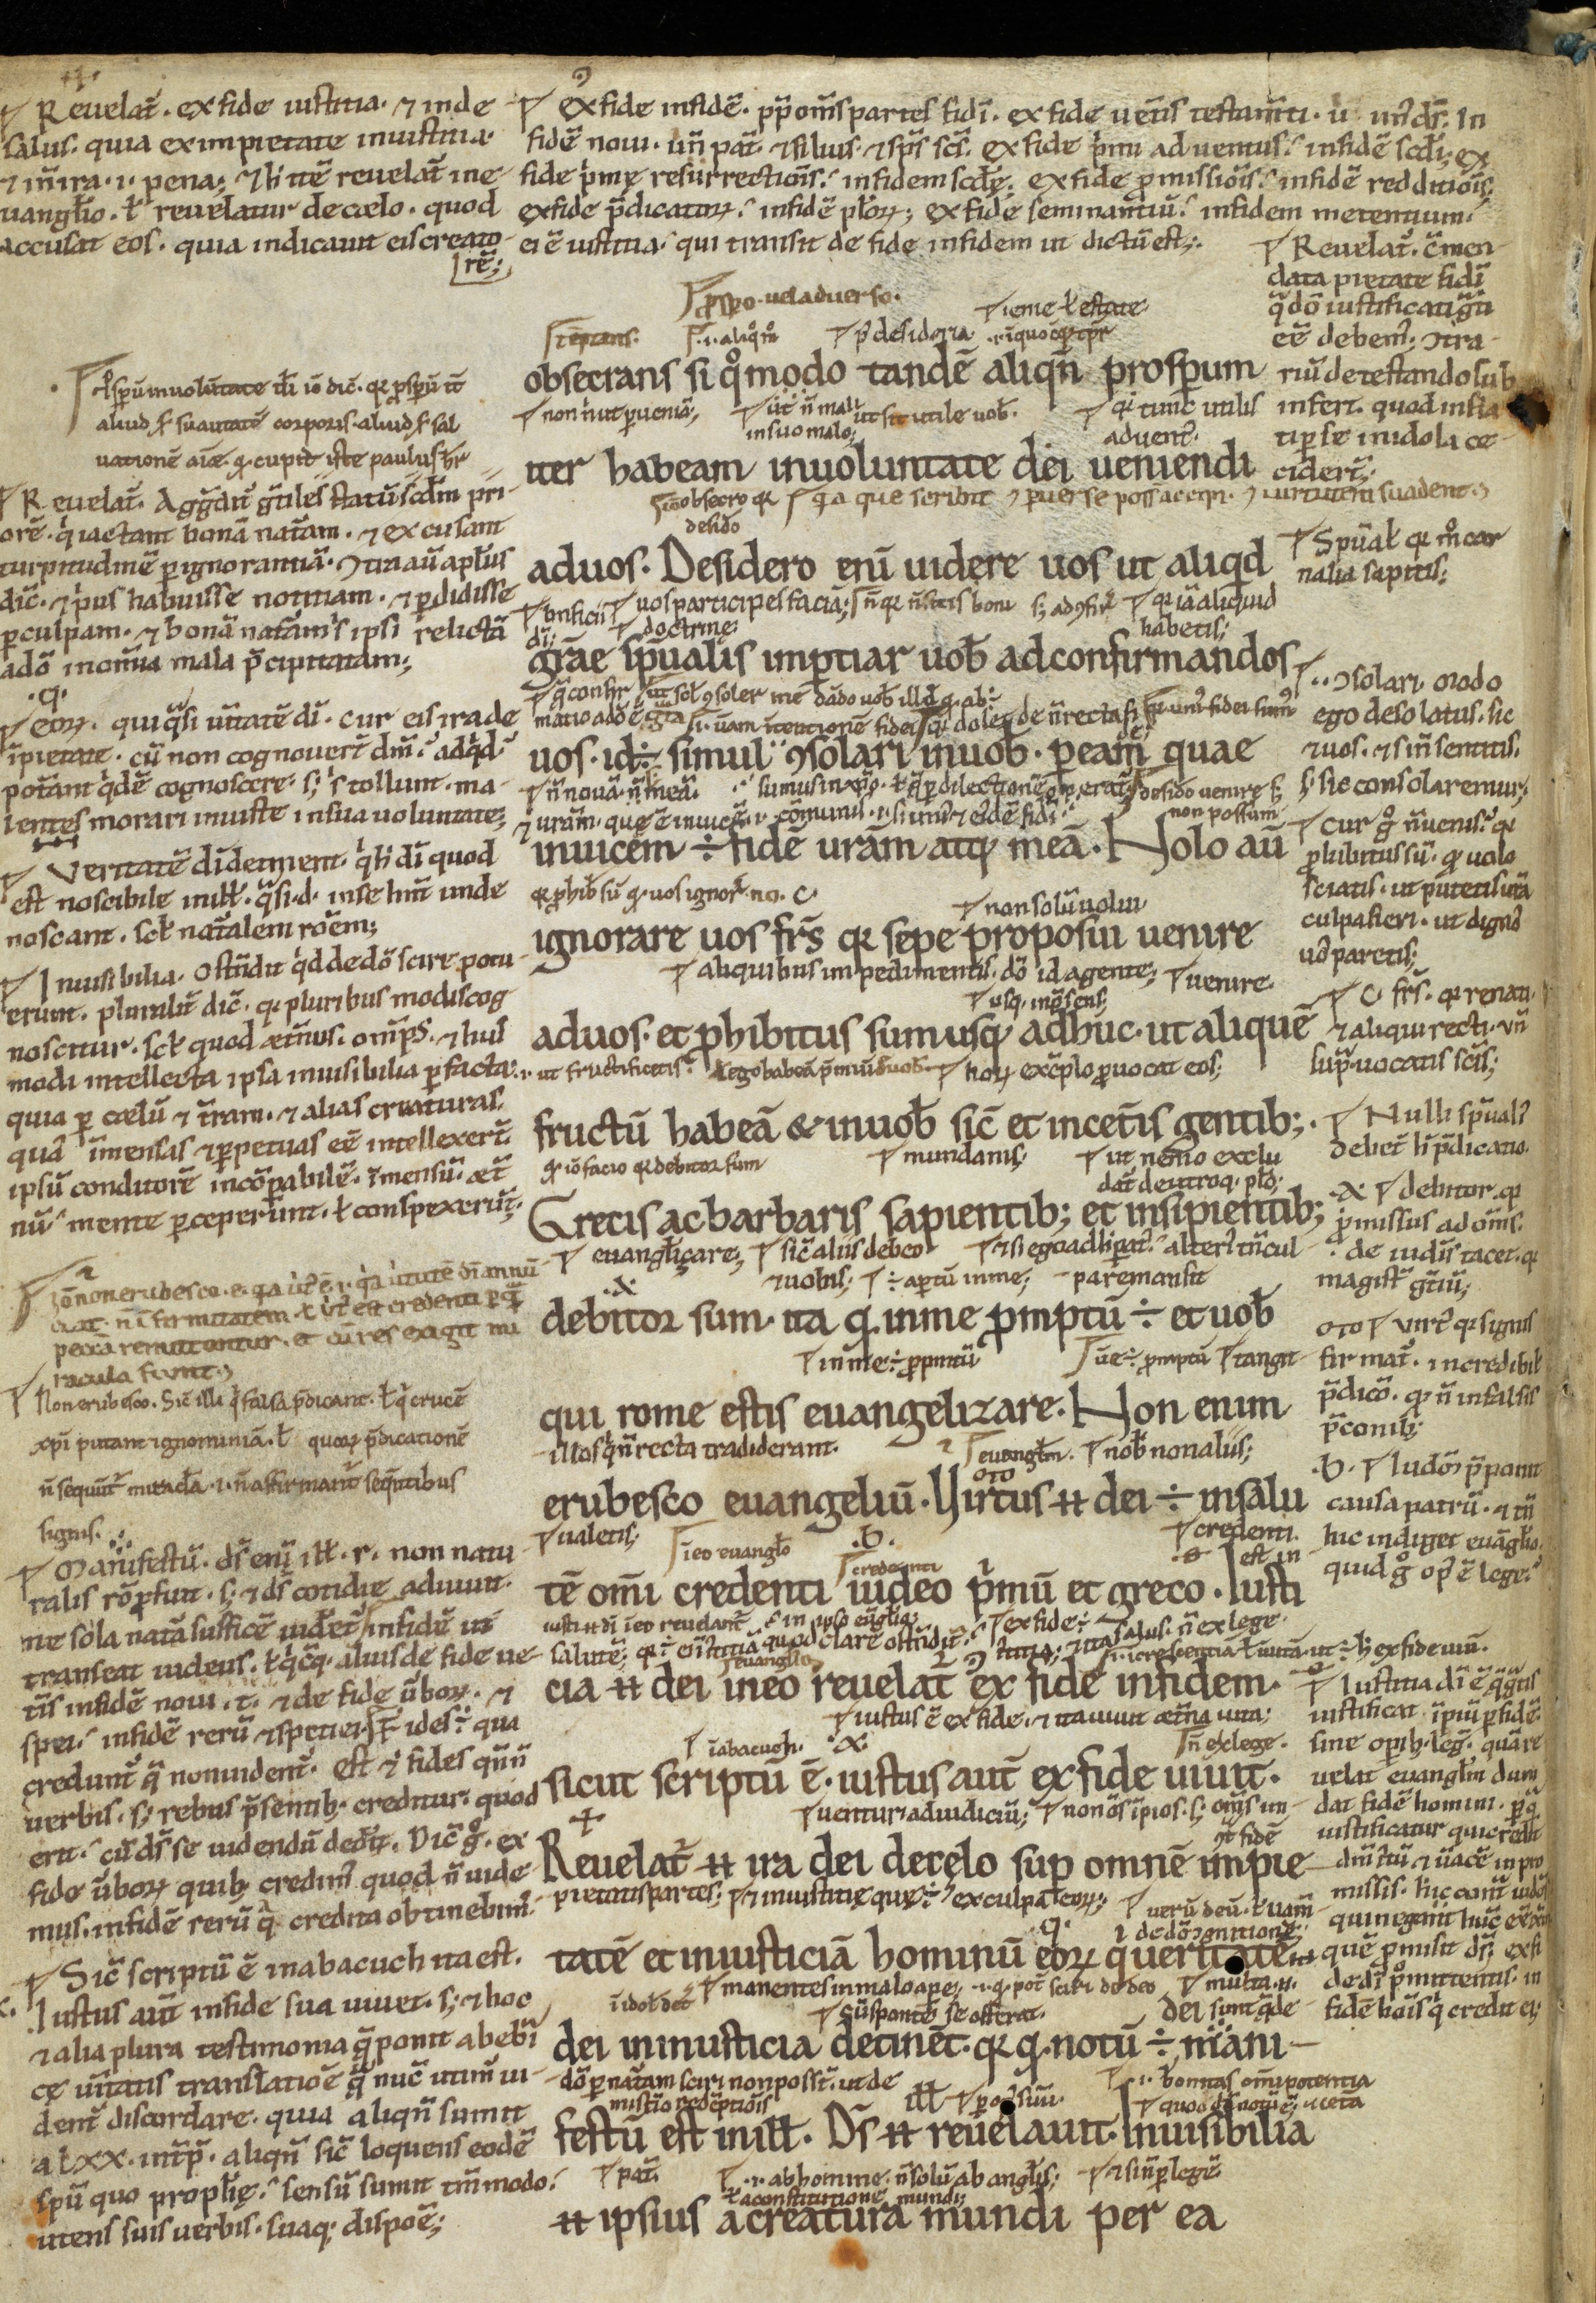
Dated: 1100–1199